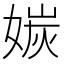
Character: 㛶